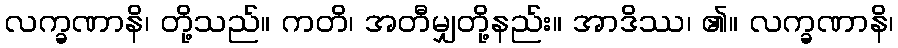
လက္ခဏာနိ၊ တို့သည်။ ကတိ၊ အတီမျှတို့နည်း။ အာဒိဿ၊ ၏။ လက္ခဏာနိ၊